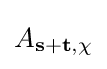
A_{\mathbf {s} +\mathbf {t} ,\chi }